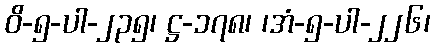
ဝိ-၅-ပါ-၂၃၅၊ ဋ္ဌ-၁၇၈၊ ၊အံ-၅-ပါ-၂၂၆၊